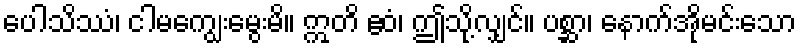
ပေါသိဿံ၊ ငါမကျွေးမွေးမိ။ ဣတိ ဧဝံ၊ ဤသို့လျှင်။ ပစ္ဆာ၊ နောက်အိုမင်းသော